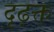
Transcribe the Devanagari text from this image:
दृढ़क्त